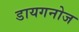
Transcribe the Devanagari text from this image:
डायगनोज